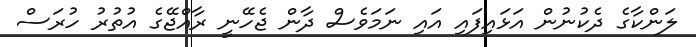
ލަންކާގެ ދެކުނުން އަޅައިފައި އައި ނަމަވެސް ދާން ޖެހޭނީ ރާއްޖޭގެ އުތުރު ހުރަސް